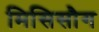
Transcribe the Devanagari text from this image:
मिसिसौग